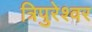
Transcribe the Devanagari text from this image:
त्रिपुरेश्वर